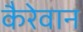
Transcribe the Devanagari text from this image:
कैरेवान